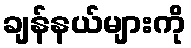
ချန်နယ်များကို